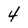
Character: 4